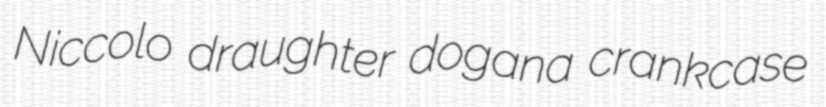
Niccolo draughter dogana crankcase